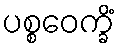
ပစ္စဝေက္ခိံ